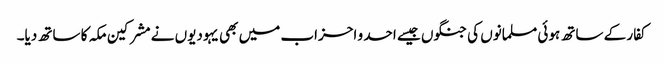
کفار کے ساتھ ہوئی مسلمانوں کی جنگوں جیسے احد و احزاب میں بھی یہودیوں نے مشرکین مکہ کا ساتھ دیا۔